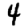
Digit: 4